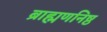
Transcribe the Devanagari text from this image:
ब्राह्मणनिष्ठ